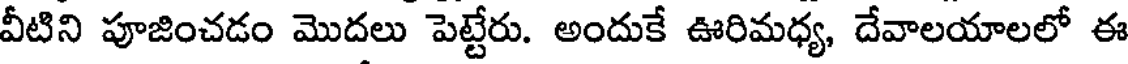
వీటిని పూజించడం మొదలు పెట్టేరు. అందుకే ఊరిమధ్య, దేవాలయాలలో ఈ